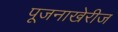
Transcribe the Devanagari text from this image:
पूजनाखेरीज